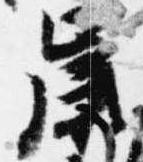
歳